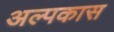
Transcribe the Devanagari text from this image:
अल्पकास